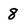
Character: 8